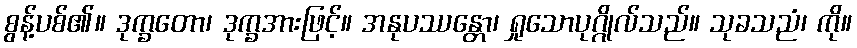
စွန့်ပစ်၏။ ဒုက္ခတော၊ ဒုက္ခအားဖြင့်။ အနုပဿန္တော၊ ရှုသောပုဂ္ဂိုလ်သည်။ သုခသညံ၊ ကို။